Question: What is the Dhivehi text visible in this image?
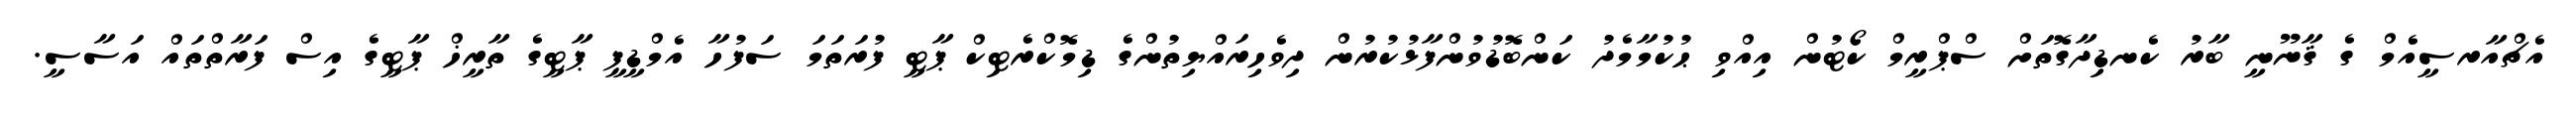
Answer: އެޗްއާރސީއެމް ގެ ޤާނޫނީ ބާރު ކެނޑިދާގޮތަށް ސްޕްރީމް ކޯޓުން އިއްވި ޙުކުމާމެދު ކަންބޮޑުވުންފާޅުކުރުން ދިވެހިރައްޔިތުންގެ ޑިމޮކްރެޓިކް ޕާޓީ ފުރަތަމަ ސަފުހާ އެމްޑީޕީ ޕާޓީގެ ތާރީޚް ޕާޓީގެ އިސް ފަރާތްތައް އަސާސީ.